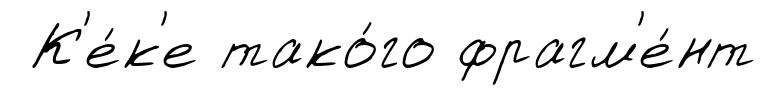
К'е́к'е тако́го фрагм'е́нт